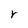
Character: r